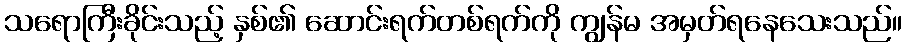
သရောကြီးခိုင်းသည့် နှစ်၏ ဆောင်းရက်တစ်ရက်ကို ကျွန်မ အမှတ်ရနေသေးသည်။